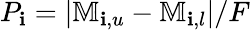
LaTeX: P_{\mathbf{i}}=|\mathbb{{M}}_{\mathbf{i},u}-\mathbb{{M}}_{\mathbf{i},l}|/F